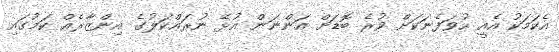
އެކަމަކު އެއީ ހުވަފެނަކަށް ވުރެ ބޮޑަށް އަންނަން އުޅޭ ނުރައްކަލުގެ އިންޒާރެއް ކަމުގައި